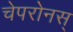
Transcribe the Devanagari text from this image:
चेपरोनस्